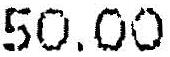
50.00